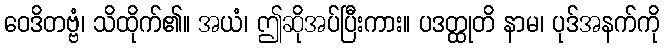
ဝေဒိတဗ္ဗံ၊ သိထိုက်၏။ အယံ၊ ဤဆိုအပ်ပြီးကား။ ပဒတ္ထုတိ နာမ၊ ပုဒ်အနက်ကို